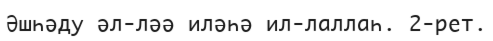
Әшһәду әл-ләә иләһә ил-лаллаһ. 2-рет.